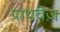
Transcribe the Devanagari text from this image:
पाथवेज़